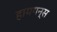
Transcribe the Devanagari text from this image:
हायगन्स